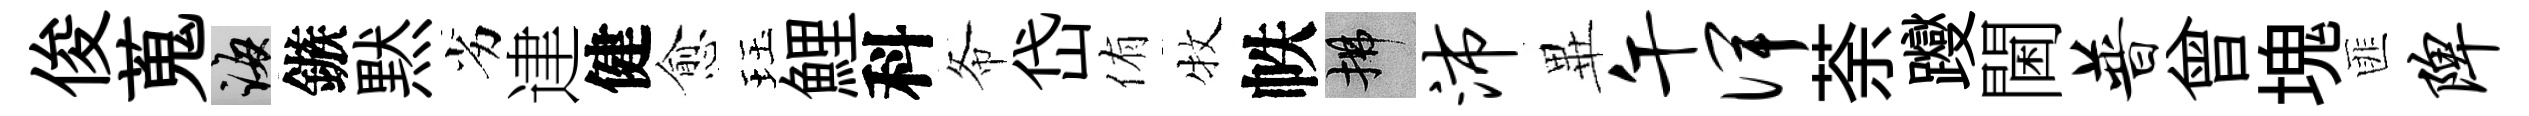
俊蒐誨鏃黙劣䢖健愈珏鯉科𢁙岱侑牧帙拂沛𭺾午俾荼躞閫普曾塊匪陴